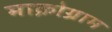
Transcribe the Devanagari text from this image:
माक्रोग्राम